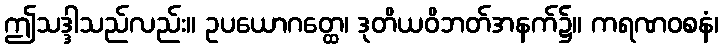
ဤသဒ္ဒါသည်လည်း။ ဥပယောဂတ္ထေ၊ ဒုတိယဝိဘတ်အနက်၌။ ကရဏဝစနံ၊